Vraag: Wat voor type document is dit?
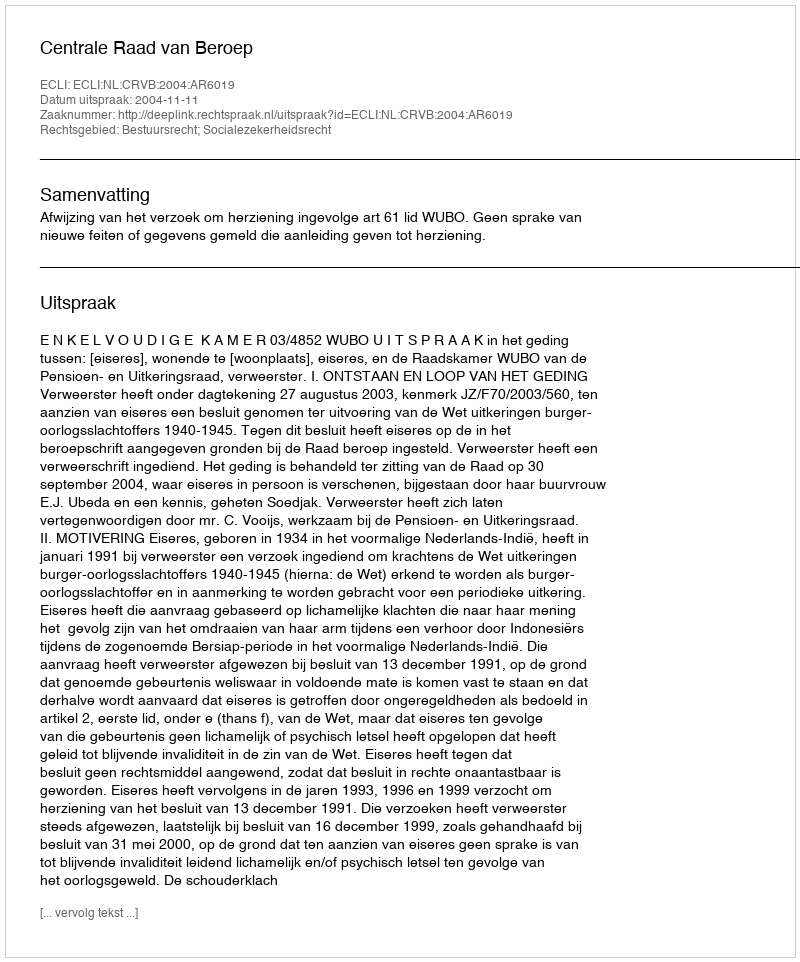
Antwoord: Uitspraak